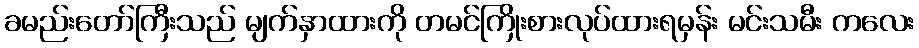
ခမည်းတော်ကြီးသည် မျက်နှာထားကို တမင်ကြိုးစားလုပ်ထားရမှန်း မင်းသမီး ကလေး